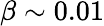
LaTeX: \beta\sim 0.01